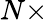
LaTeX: N\times